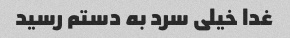
غدا خیلی سرد به دستم رسید